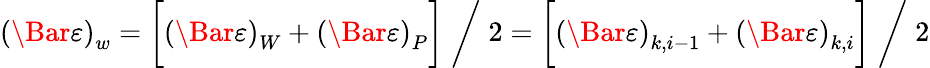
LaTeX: \left(\Bar{\varepsilon}\right)_{w}=\biggl[\left(\Bar{\varepsilon}\right)_{W}+\left(\Bar{\varepsilon}\right)_{P}\biggr]\; \bigg/\; 2=\biggl[\left(\Bar{\varepsilon}\right)_{k,i-1}+\left(\Bar{\varepsilon}\right)_{k,i}\biggr]\; \bigg/\; 2